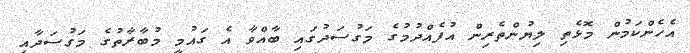
އެހެންކަމުން މޮޅެތި ލިޔުންތެރިން އުފެއްދުމުގެ މަގުސަދުގައި ބާއްވާ އެ ގައުމީ މުބާރާތުގެ މަގުސަދާއި